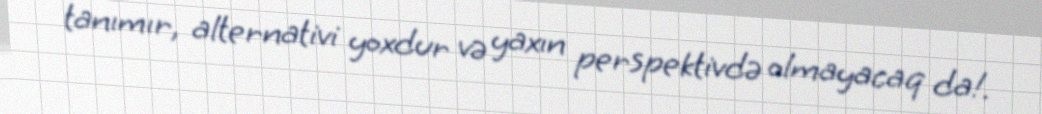
tanımır, alternativi yoxdur və yaxın perspektivdə olmayacaq da!.